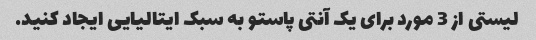
لیستی از 3 مورد برای یک آنتی پاستو به سبک ایتالیایی ایجاد کنید.